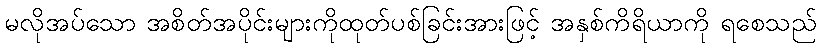
မလိုအပ်သော အစိတ်အပိုင်းများကိုထုတ်ပစ်ခြင်းအားဖြင့် အနှစ်ကိရိယာကို ရစေသည်